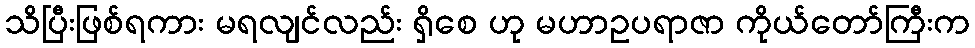
သိပြီးဖြစ်ရကား မရလျင်လည်း ရှိစေ ဟု မဟာဥပရာဇာ ကိုယ်တော်ကြီးက